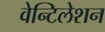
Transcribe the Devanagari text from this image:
वेन्टिलेशन